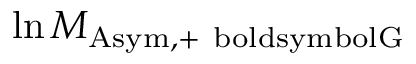
\ln M _ { \mathrm { A s y m , + \ b o l d s y m b o l { G } } }